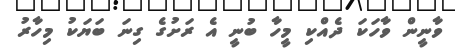
ވާނީން ވާހަކަ ދެއްކި މީހާ ބުނީ އެ ރަށުގެ ގިނަ ބަޔަކު މިހާރު